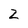
Character: 2